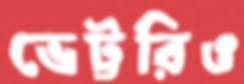
ভেট্টরিও